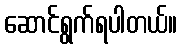
ဆောင်ရွက်ရပါတယ်။